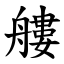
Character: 艛